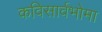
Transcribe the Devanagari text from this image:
कविसार्वभोमा